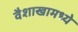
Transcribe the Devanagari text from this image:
वैशाखामध्ये